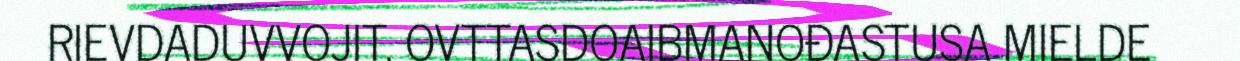
RIEVDADUVVOJIT. OVTTASDOAIBMANOĐASTUSA MIELDE